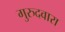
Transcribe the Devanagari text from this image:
गुरुदवारा